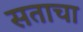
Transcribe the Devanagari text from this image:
सताचा